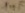
Text: 1nF